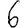
Digit: 6